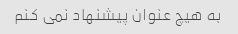
به هیچ عنوان پیشنهاد نمی کنم